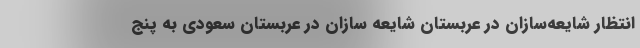
انتظار شایعه‌سازان در عربستان شایعه سازان در عربستان سعودی به پنج